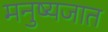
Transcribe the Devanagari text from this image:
मनुष्यजात